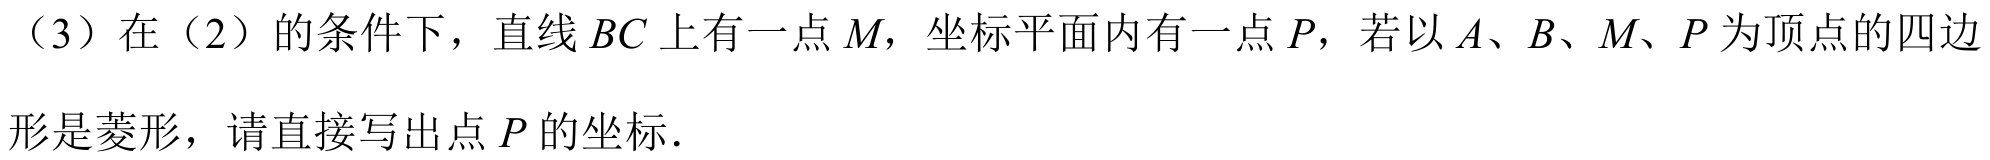
（3）在（2）的条件下，直线\(BC\)上有一点\(M\)，坐标平面内有一点\(P\)，若以\(A\)、\(B\)、\(M\)、\(P\)为顶点的四边
形是菱形，请直接写出点\(P\)的坐标.